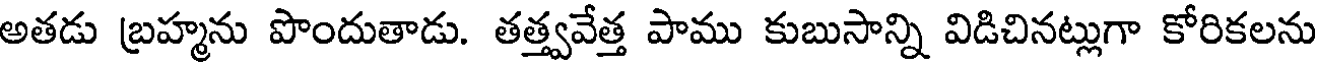
అతడు బ్రహ్మను పొందుతాడు. తత్త్వవేత్త పాము కుబుసాన్ని విడిచినట్లుగా కోరికలను